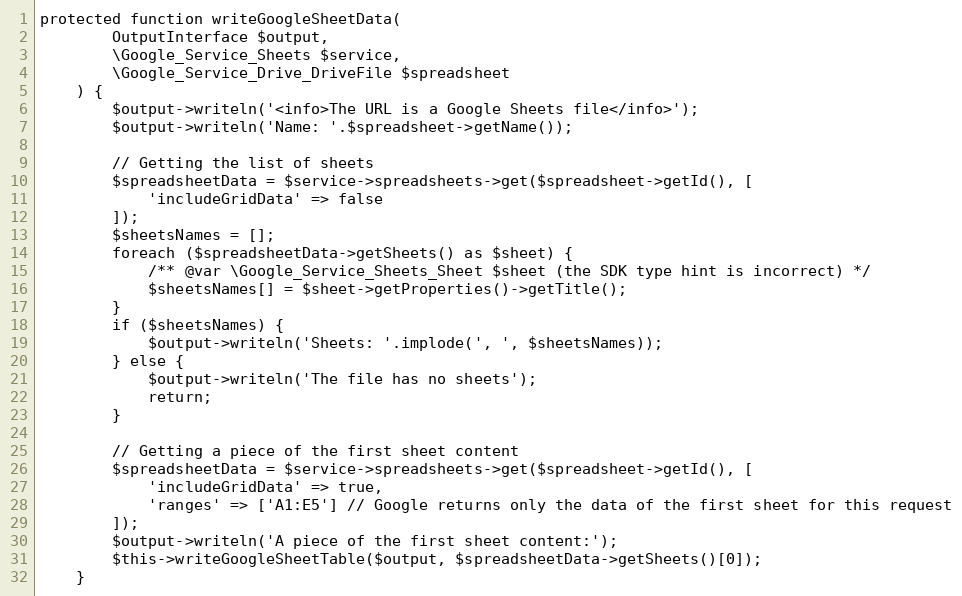
Language: PHP
protected function writeGoogleSheetData(
        OutputInterface $output,
        \Google_Service_Sheets $service,
        \Google_Service_Drive_DriveFile $spreadsheet
    ) {
        $output->writeln('<info>The URL is a Google Sheets file</info>');
        $output->writeln('Name: '.$spreadsheet->getName());

        // Getting the list of sheets
        $spreadsheetData = $service->spreadsheets->get($spreadsheet->getId(), [
            'includeGridData' => false
        ]);
        $sheetsNames = [];
        foreach ($spreadsheetData->getSheets() as $sheet) {
            /** @var \Google_Service_Sheets_Sheet $sheet (the SDK type hint is incorrect) */
            $sheetsNames[] = $sheet->getProperties()->getTitle();
        }
        if ($sheetsNames) {
            $output->writeln('Sheets: '.implode(', ', $sheetsNames));
        } else {
            $output->writeln('The file has no sheets');
            return;
        }

        // Getting a piece of the first sheet content
        $spreadsheetData = $service->spreadsheets->get($spreadsheet->getId(), [
            'includeGridData' => true,
            'ranges' => ['A1:E5'] // Google returns only the data of the first sheet for this request
        ]);
        $output->writeln('A piece of the first sheet content:');
        $this->writeGoogleSheetTable($output, $spreadsheetData->getSheets()[0]);
    }